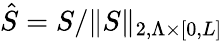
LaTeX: \hat{S}=S/\| S\| _{2,\Lambda\times\lbrack 0,L\rbrack}